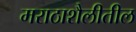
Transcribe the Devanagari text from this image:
मराठाशैलीतील